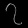
Digit: ၇